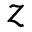
z